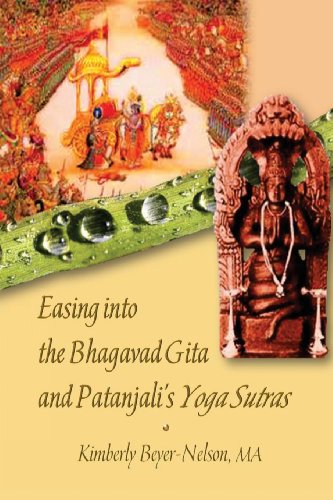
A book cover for Easing into the Bhagavad Gita and Patanjali's Yoga Sutras; Kimberly K. Beyer-Nelson MA; Religion & Spirituality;